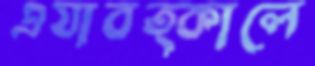
এযাবত্কালে